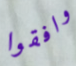
وافقوا